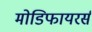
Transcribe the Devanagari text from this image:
मोडिफायरर्स